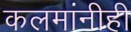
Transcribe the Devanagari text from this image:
कलमांनीही